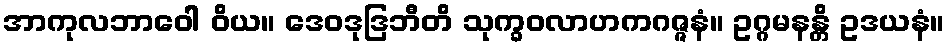
အာကုလဘာဝေါ ဝိယ။ ဒေဝဒုဒြဘီတိ သုက္ခဝလာဟကဂဇ္ဇနံ။ ဥဂ္ဂမနန္တိ ဥဒယနံ။